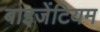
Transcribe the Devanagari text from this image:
बाइजेंटियम